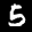
Label: 5